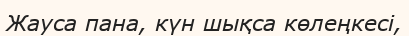
Жауса пана, күн шықса көлеңкесі,